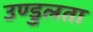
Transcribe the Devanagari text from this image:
उण्डुलता